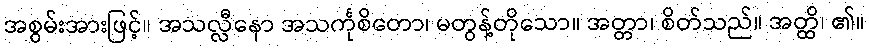
အစွမ်းအားဖြင့်။ အသလ္လီနော အသင်္ကုစိတော၊ မတွန့်တိုသော။ အတ္တာ၊ စိတ်သည်။ အတ္ထိ၊ ၏။